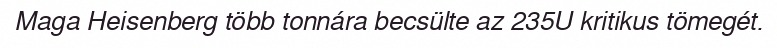
Maga Heisenberg több tonnára becsülte az 235U kritikus tömegét.